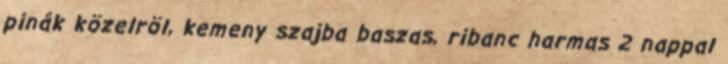
pinák közelröl, kemeny szajba baszas, ribanc harmas 2 nappal